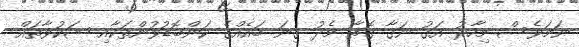
ނަމަވެސް މިހާރު އަގު ނަގާ ގޮތާ މެދު ގިނަ ބައެއްގެ ކަންބޮޑުވުންތަކާއި ޝަކުވާތައް